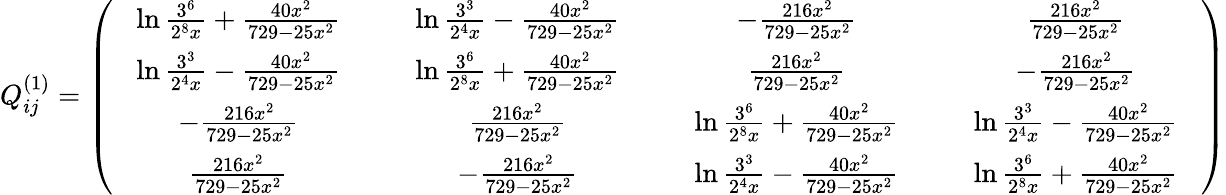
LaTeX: Q_{ij}^{(1)}=\left(\begin{array}{cccc}{{\; \; \; \ln\frac{3^{6}}{2^{8}x}+\frac{40x^{2}}{729-25x^{2}}\; \; \; }}&{{\; \; \; \ln\frac{3^{3}}{2^{4}x}-\frac{40x^{2}}{729-25x^{2}}\; \; \; }}&{{-\frac{216x^{2}}{729-25x^{2}}}}&{{\frac{216x^{2}}{729-25x^{2}}}}\\ {{\ln\frac{3^{3}}{2^{4}x}-\frac{40x^{2}}{729-25x^{2}}}}&{{\ln\frac{3^{6}}{2^{8}x}+\frac{40x^{2}}{729-25x^{2}}}}&{{\frac{216x^{2}}{729-25x^{2}}}}&{{-\frac{216x^{2}}{729-25x^{2}}}}\\ {{-\frac{216x^{2}}{729-25x^{2}}}}&{{\frac{216x^{2}}{729-25x^{2}}}}&{{\; \; \; \ln\frac{3^{6}}{2^{8}x}+\frac{40x^{2}}{729-25x^{2}}\; \; \; }}&{{\; \; \; \ln\frac{3^{3}}{2^{4}x}-\frac{40x^{2}}{729-25x^{2}}\; \; \; }}\\ {{\frac{216x^{2}}{729-25x^{2}}}}&{{-\frac{216x^{2}}{729-25x^{2}}}}&{{\ln\frac{3^{3}}{2^{4}x}-\frac{40x^{2}}{729-25x^{2}}}}&{{\ln\frac{3^{6}}{2^{8}x}+\frac{40x^{2}}{729-25x^{2}}}}\end{array}\right)